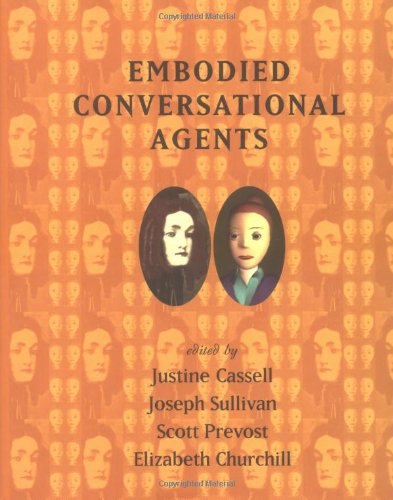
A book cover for Embodied Conversational Agents; Computers & Technology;